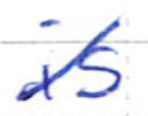
Text: is
Cross-out: diagonal
Writing tool: ballpoint